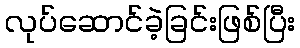
လုပ်ဆောင်ခဲ့ခြင်းဖြစ်ပြီး